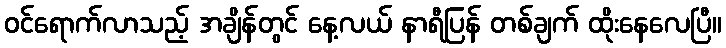
ဝင်ရောက်လာသည့် အချိန်တွင် နေ့လယ် နာရီပြန် တစ်ချက် ထိုးနေလေပြီ။